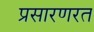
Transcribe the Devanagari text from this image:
प्रसारणरत